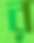
র